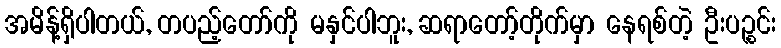
အမိန့်ရှိပါတယ်, တပည့်တော်ကို မနှင်ပါဘူး, ဆရာတော့်တိုက်မှာ နေရစ်တဲ့ ဦးပဉ္စင်း